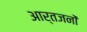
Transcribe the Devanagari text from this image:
आर्तजनों